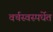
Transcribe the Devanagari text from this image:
वर्चस्वस्पर्धेत